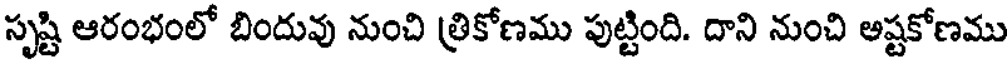
సృష్టి ఆరంభంలో బిందువు నుంచి త్రికోణము పుట్టింది. దాని నుంచి అష్టకోణము